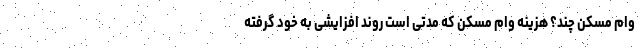
وام مسکن چند؟ هزینه وام مسکن که مدتی است روند افزایشی به خود گرفته